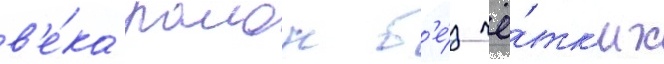
в'е́ка раион б'е́з чё́тк'их